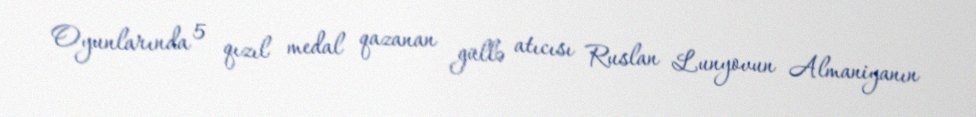
Oyunlarında 5 qızıl medal qazanan güllə atıcısı Ruslan Lunyovun Almaniyanın